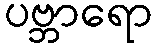
ပဗ္ဘာရော